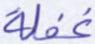
غفلة